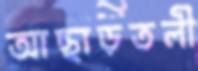
আছাড়তলী